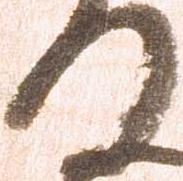
の